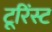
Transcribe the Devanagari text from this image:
टूरिंस्ट